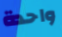
واحدة